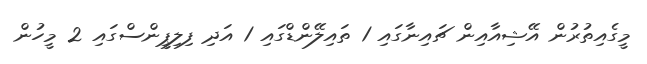
މީގެއިތުރުން އޭޝިއާއިން ޗައިނާގައި 1 ތައިލޭންޑްގައި 1 އަދި ފިލިޕީންސްގައި 2 މީހުން